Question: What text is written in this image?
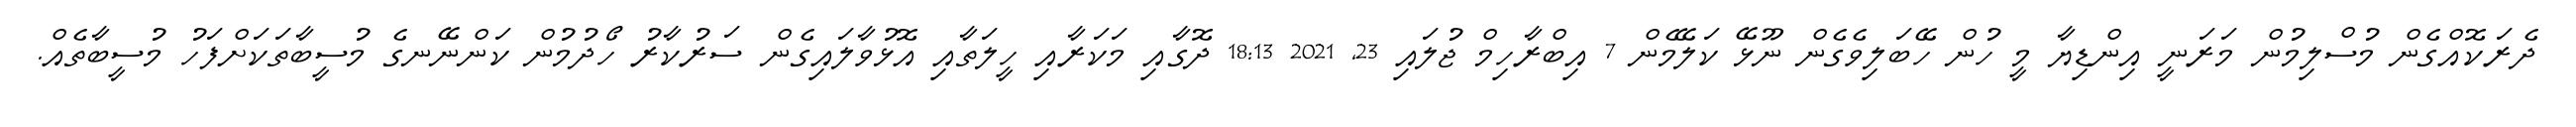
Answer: ދެރަކޮއްގެން މުސްލިމުން މަރަނީ އިންޑިޔާ މީ ހުން ހޭބަލިވެގެން ނޫޅޭ ކަލޭމެން 7 އިބްރާހިމް ޖުލައި 23, 2021 18:13 ދޮގާއި މަކަރާއި ހީލަތާއި އޮޅުވާލައިގެން ސަރުކާރު ހޯދުމުން ކަންނޭނގެ މުސީބާތަކަށްފަހު މުސީބާތެއް.